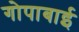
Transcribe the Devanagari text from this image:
गोपाबाई